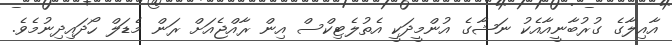
އާއިލާގެ ގުރުބާނީއާއެކު ނަޝާގެ އުންމީދަކީ އެތުލެޓިކްސް އިން ރާއްޖެއަށް ރަން މެޑަލް ހޯދައިދިނުމެވެ.